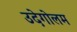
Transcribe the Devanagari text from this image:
उदेगोलम